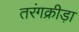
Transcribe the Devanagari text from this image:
तरंगक्रीड़ा